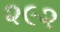
૨૯૨